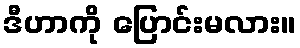
ဒီဟာကို ပြောင်းမလား။